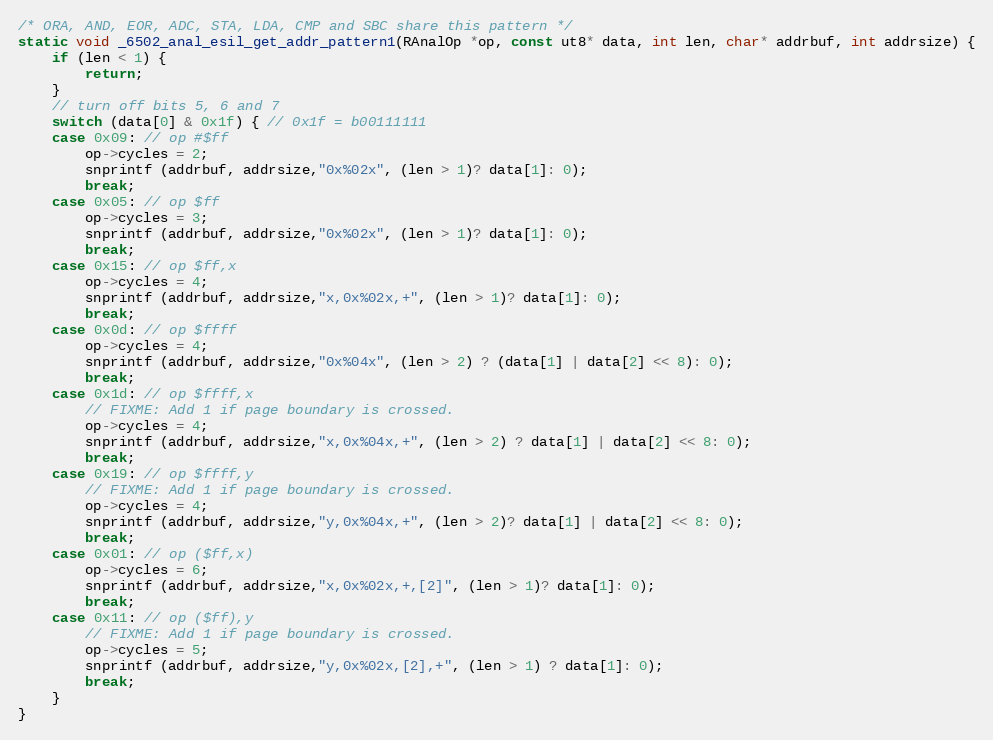
Language: C
/* ORA, AND, EOR, ADC, STA, LDA, CMP and SBC share this pattern */
static void _6502_anal_esil_get_addr_pattern1(RAnalOp *op, const ut8* data, int len, char* addrbuf, int addrsize) {
	if (len < 1) {
		return;
	}
	// turn off bits 5, 6 and 7
	switch (data[0] & 0x1f) { // 0x1f = b00111111
	case 0x09: // op #$ff
		op->cycles = 2;
		snprintf (addrbuf, addrsize,"0x%02x", (len > 1)? data[1]: 0);
		break;
	case 0x05: // op $ff
		op->cycles = 3;
		snprintf (addrbuf, addrsize,"0x%02x", (len > 1)? data[1]: 0);
		break;
	case 0x15: // op $ff,x
		op->cycles = 4;
		snprintf (addrbuf, addrsize,"x,0x%02x,+", (len > 1)? data[1]: 0);
		break;
	case 0x0d: // op $ffff
		op->cycles = 4;
		snprintf (addrbuf, addrsize,"0x%04x", (len > 2) ? (data[1] | data[2] << 8): 0);
		break;
	case 0x1d: // op $ffff,x
		// FIXME: Add 1 if page boundary is crossed.
		op->cycles = 4;
		snprintf (addrbuf, addrsize,"x,0x%04x,+", (len > 2) ? data[1] | data[2] << 8: 0);
		break;
	case 0x19: // op $ffff,y
		// FIXME: Add 1 if page boundary is crossed.
		op->cycles = 4;
		snprintf (addrbuf, addrsize,"y,0x%04x,+", (len > 2)? data[1] | data[2] << 8: 0);
		break;
	case 0x01: // op ($ff,x)
		op->cycles = 6;
		snprintf (addrbuf, addrsize,"x,0x%02x,+,[2]", (len > 1)? data[1]: 0);
		break;
	case 0x11: // op ($ff),y
		// FIXME: Add 1 if page boundary is crossed.
		op->cycles = 5;
		snprintf (addrbuf, addrsize,"y,0x%02x,[2],+", (len > 1) ? data[1]: 0);
		break;
	}
}